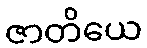
ဇာတိယေ